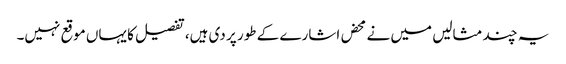
یہ چند مثالیں میں نے محض اشارے کے طور پر دی ہیں، تفصیل کا یہاں موقع نہیں۔